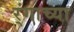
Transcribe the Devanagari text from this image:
र्ंगाच्या